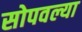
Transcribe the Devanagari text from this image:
सोपवल्या